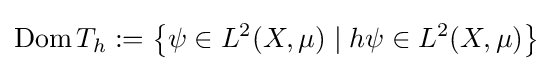
\operatorname {Dom} T_{h}:=\left\{\psi \in L^{2}(X,\mu )\;|\;h\psi \in L^{2}(X,\mu )\right\}